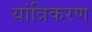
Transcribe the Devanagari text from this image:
यांत्रिकरण